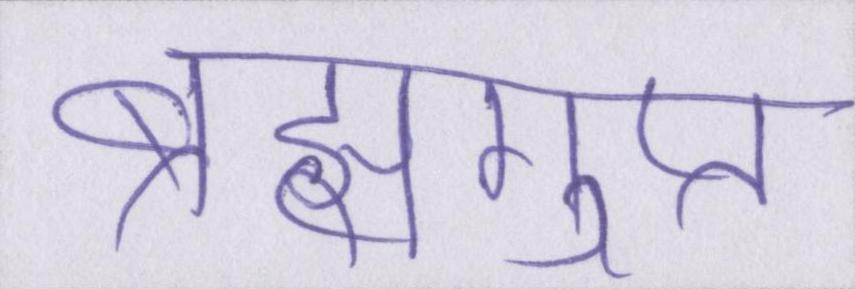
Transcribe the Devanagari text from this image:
ब्रह्मगुप्त